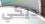
ديكي